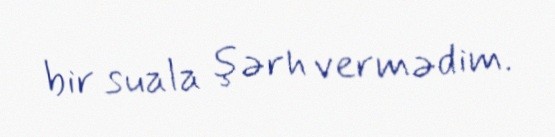
bir suala şərh vermədim.